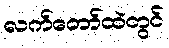
လက်တော်ထဲတွင်